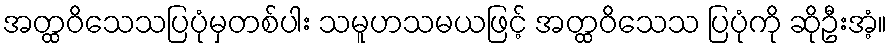
အတ္ထဝိသေသပြပုံမှတစ်ပါး သမူဟသမယဖြင့် အတ္ထဝိသေသ ပြပုံကို ဆိုဦးအံ့။